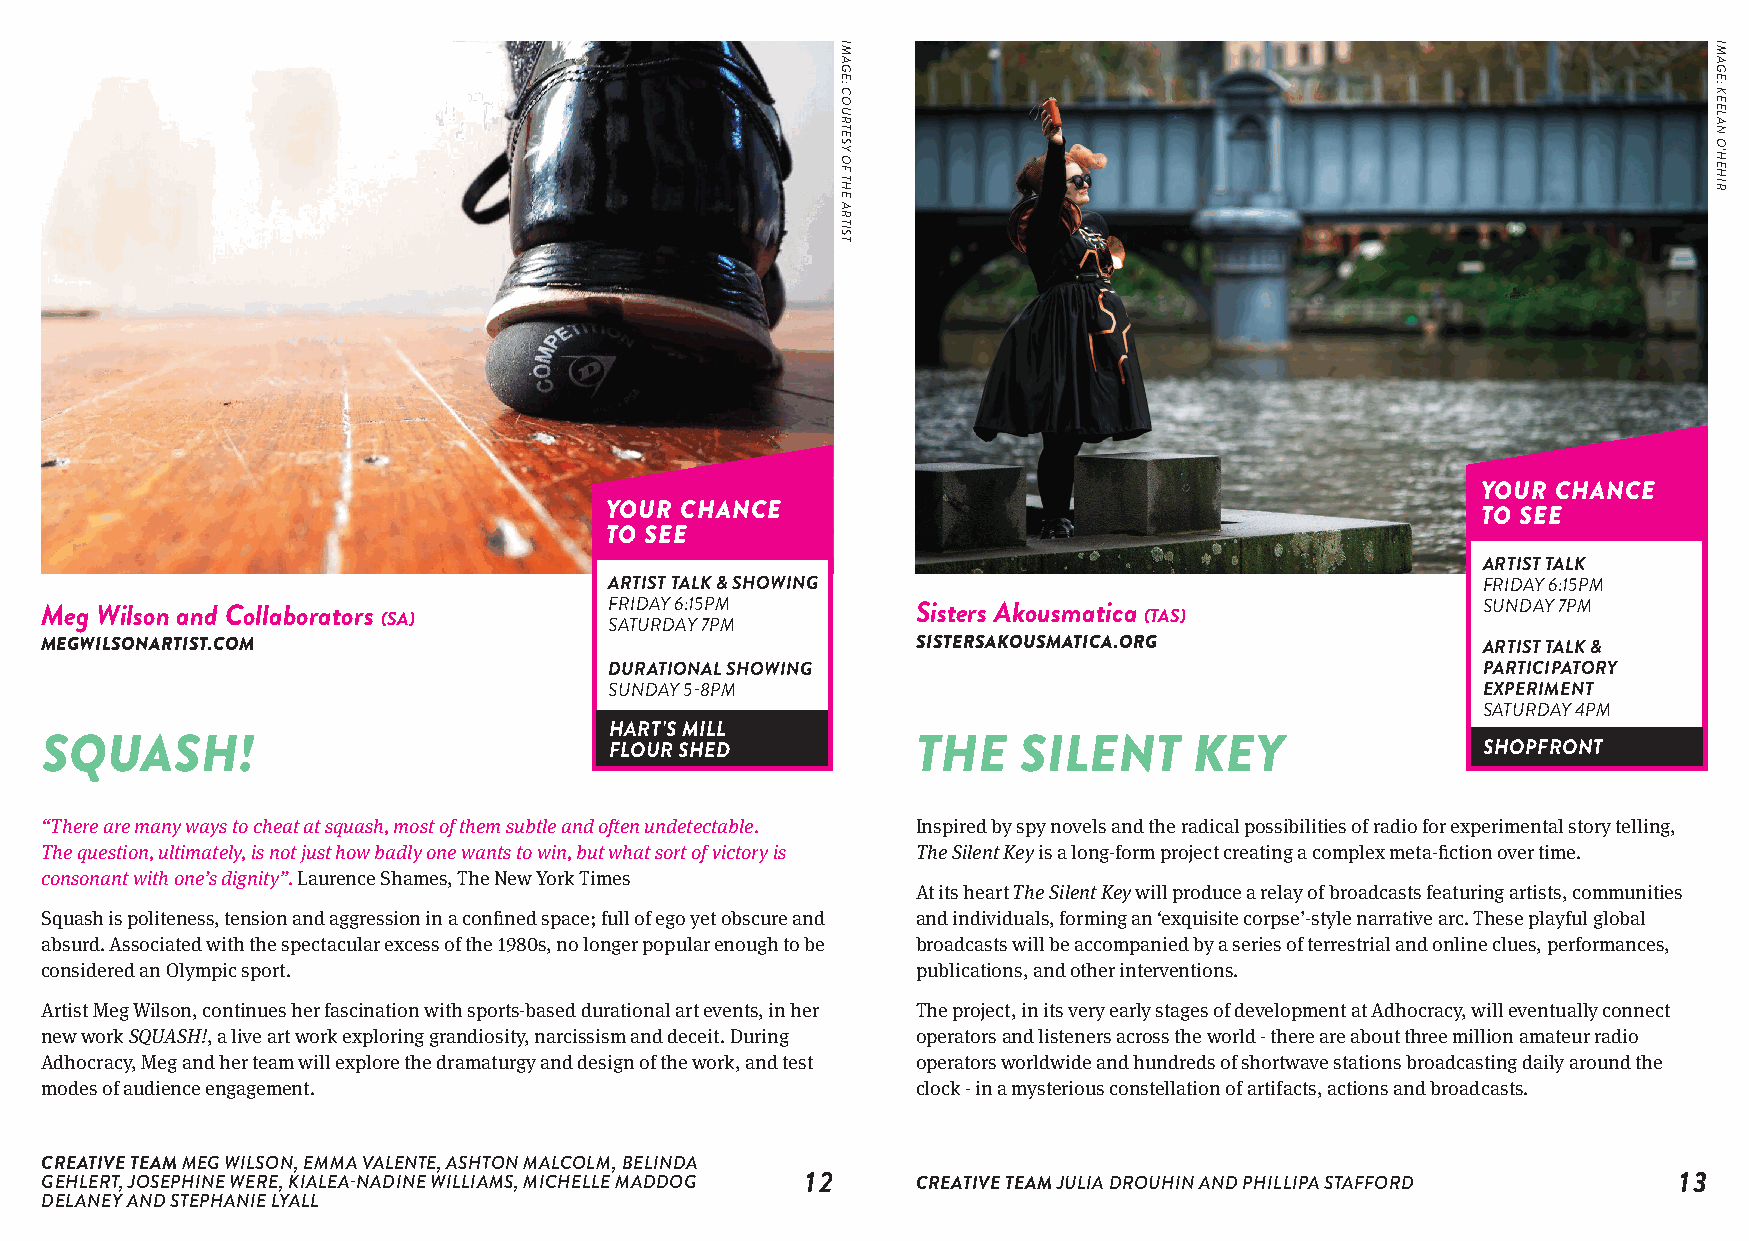
YOUR CHANCE
 YOUR CHANCE                                               TO SEE
 TO SEE
 ARTIST TALK
 ARTIST TALK & SHOWING                                     FRIDAY 6:15PM
 Meg Wilson and Collaborators (SA)    F SAR TID UA RY D 6 A: Y15 7P PM M Sisters Akousmatica (TAS) SUNDAY 7PM
 MEGWILSONARTIST.COM                                       SISTERSAKOUSMATICA.ORG               ARTIST TALK &
 DURATIONAL SHOWING                                        PARTICIPATORY
 SUNDAY 5-8PM                                              EXPERIMENT
 SATURDAY 4PM
 HART'S MILL
 SQUASH!                              FLOUR SHED           THE   SILENT      KEY                SHOPFRONT
 “There are many ways to cheat at squash, most of them subtle and often undetectable. Inspired by spy novels and the radical possibilities of radio for experimental story telling,
 The question, ultimately, is not just how badly one wants to win, but what sort of victory is The Silent Key is a long-form project creating a complex meta-fiction over time.
 consonant with one’s dignity”. Laurence Shames, The New York Times
 At its heart The Silent Key will produce a relay of broadcasts featuring artists, communities
 Squash is politeness, tension and aggression in a confined space; full of ego yet obscure and and individuals, forming an ‘exquisite corpse’-style narrative arc. These playful global
 absurd. Associated with the spectacular excess of the 1980s, no longer popular enough to be broadcasts will be accompanied by a series of terrestrial and online clues, performances,
 considered an Olympic sport.                              publications, and other interventions.
 Artist Meg Wilson, continues her fascination with sports-based durational art events, in her The project, in its very early stages of development at Adhocracy, will eventually connect
 new work SQUASH!, a live art work exploring grandiosity, narcissism and deceit. During operators and listeners across the world - there are about three million amateur radio
 Adhocracy, Meg and her team will explore the dramaturgy and design of the work, and test operators worldwide and hundreds of shortwave stations broadcasting daily around the
 modes of audience engagement.                             clock - in a mysterious constellation of artifacts, actions and broadcasts.
 CREATIVE TEAM MEG WILSON, EMMA VALENTE, ASHTON MALCOLM, BELINDA
 GEHLERT, JOSEPHINE WERE, KIALEA-NADINE WILLIAMS, MICHELLE MADDOG 12 CREATIVE TEAM JULIA DROUHIN AND PHILLIPA STAFFORD 13
 DELANEY AND STEPHANIE LYALL
 IMAGE:
 COURTESY
 OF
 THE
 ARTIST
 IMAGE:
 KEELAN
 O'HEHIR